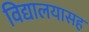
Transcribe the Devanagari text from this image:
विद्यालयासह